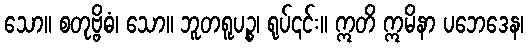
သော။ စတုဗ္ဗိဓံ၊ သော။ ဘူတရူပဉ္စ၊ ရုပ်၎င်း။ ဣတိ ဣမိနာ ပဘေဒေန၊